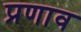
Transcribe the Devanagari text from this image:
प्रणाव